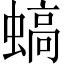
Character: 𧎸